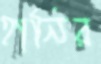
হানির